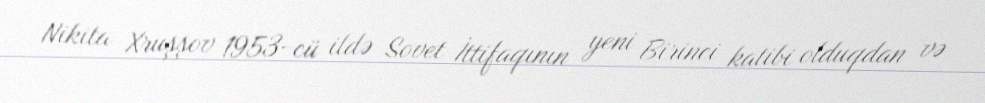
Nikita Xruşşov 1953-cü ildə Sovet İttifaqının yeni Birinci katibi olduqdan və